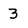
Character: 3